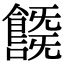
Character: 𩞞